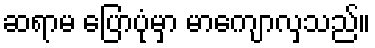
ဆရာမ ပြောပုံမှာ မာကျောလှသည်။